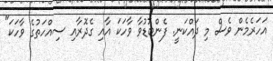
އަހަރެމެން ވެސް މި ދައްކަނީ. ފެންބޮޑުވާ ވާހަކަ އާއި ގެދޮރާއި ސިއްހަތުގެ ވާހަކަ"